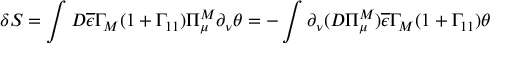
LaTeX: \delta S = \int D \overline { { { \epsilon } } } \Gamma _ { M } ( 1 + \Gamma _ { 1 1 } ) \Pi _ { \mu } ^ { M } \partial _ { \nu } \theta = - \int \partial _ { \nu } ( D \Pi _ { \mu } ^ { M } ) \overline { { { \epsilon } } } \Gamma _ { M } ( 1 + \Gamma _ { 1 1 } ) \theta